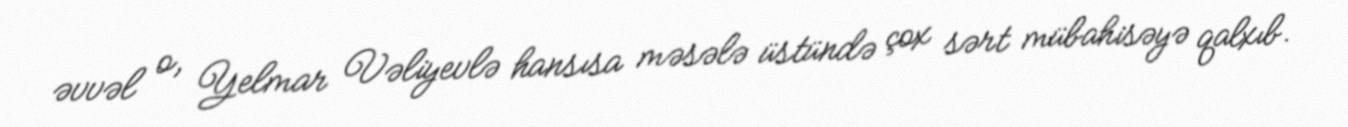
əvvəl o, Yelmar Vəliyevlə hansısa məsələ üstündə çox sərt mübahisəyə qalxıb.